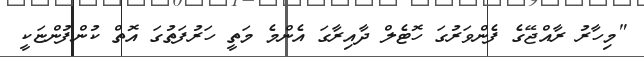
"މިހާރު ރާއްޖޭގެ ފެންވަރުގަ ހޮޓެލް ދާއިރާގަ އެންމެ މަތީ ހަރުފަތުގަ އޮތް ކުންފުންޏަކީ